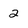
Character: 2